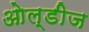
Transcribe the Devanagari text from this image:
ओल्डीज